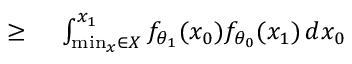
\begin{array} { r l } { \geq { } } & { { } \int _ { \operatorname* { m i n } _ { x } \in X } ^ { x _ { 1 } } f _ { \theta _ { 1 } } ( x _ { 0 } ) f _ { \theta _ { 0 } } ( x _ { 1 } ) \, d x _ { 0 } } \end{array}